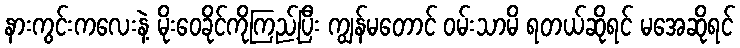
နားကွင်းကလေးနဲ့ မိုးဝေခိုင်ကိုကြည့်ပြီး ကျွန်မတောင် ဝမ်းသာမိ ရတယ်ဆိုရင် မအေဆိုရင်